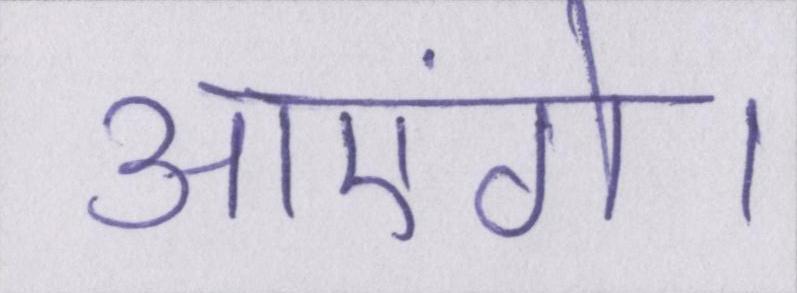
आएंगे।